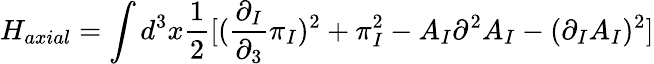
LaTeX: H_{axial}=\int d^{3}x\frac{1}{2}[(\frac{\partial_{I}}{\partial_{3}}\pi_{I})^{2}+\pi_{I}^{2}-A_{I}\partial^{2}A_{I}-(\partial_{I}A_{I})^{2}]